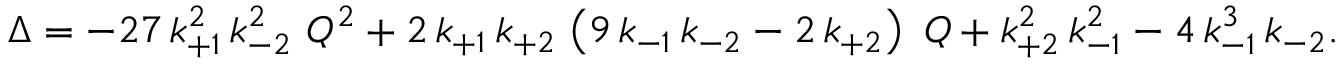
\Delta = - 2 7 \, k _ { + 1 } ^ { 2 } \, k _ { - 2 } ^ { 2 } ~ Q ^ { 2 } + 2 \, k _ { + 1 } \, k _ { + 2 } \, \left( 9 \, k _ { - 1 } \, k _ { - 2 } - 2 \, k _ { + 2 } \right) ~ Q + k _ { + 2 } ^ { 2 } \, k _ { - 1 } ^ { 2 } - 4 \, k _ { - 1 } ^ { 3 } \, k _ { - 2 } .